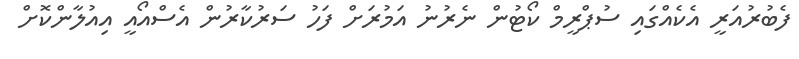
ފެބުރުއަރީ އެކެއްގައި ސުޕްރީމް ކޯޓުން ނެރުނު އަމުރަށް ފަހު ސަރުކާރުން އެސްއޯއީ އިއުލާންކޮށް